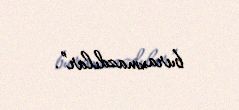
buraxmazdılar”.